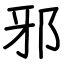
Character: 邪